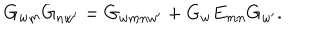
LaTeX: G _ { w m } G _ { n w ^ { \prime } } = G _ { w m n w ^ { \prime } } + G _ { w } E _ { m n } G _ { w ^ { \prime } } .